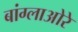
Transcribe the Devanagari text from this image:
बांग्लाओरे